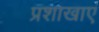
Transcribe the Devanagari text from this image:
प्रशाखाएं